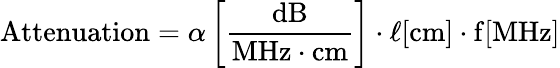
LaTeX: {\mathrm{Attenuation}}=\alpha\left[{\frac{\mathrm{dB}}{{\mathrm{MHz}}\cdot{\mathrm{cm}}}}\right]\cdot\ell[{\mathrm{cm}}]\cdot{\mathrm{f}}[{\mathrm{MHz}}]